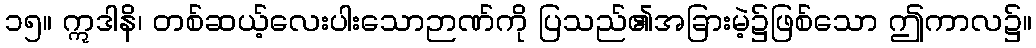
၁၅။ ဣဒါနိ၊ တစ်ဆယ့်လေးပါးသောဉာဏ်ကို ပြသည်၏အခြားမဲ့၌ဖြစ်သော ဤကာလ၌။